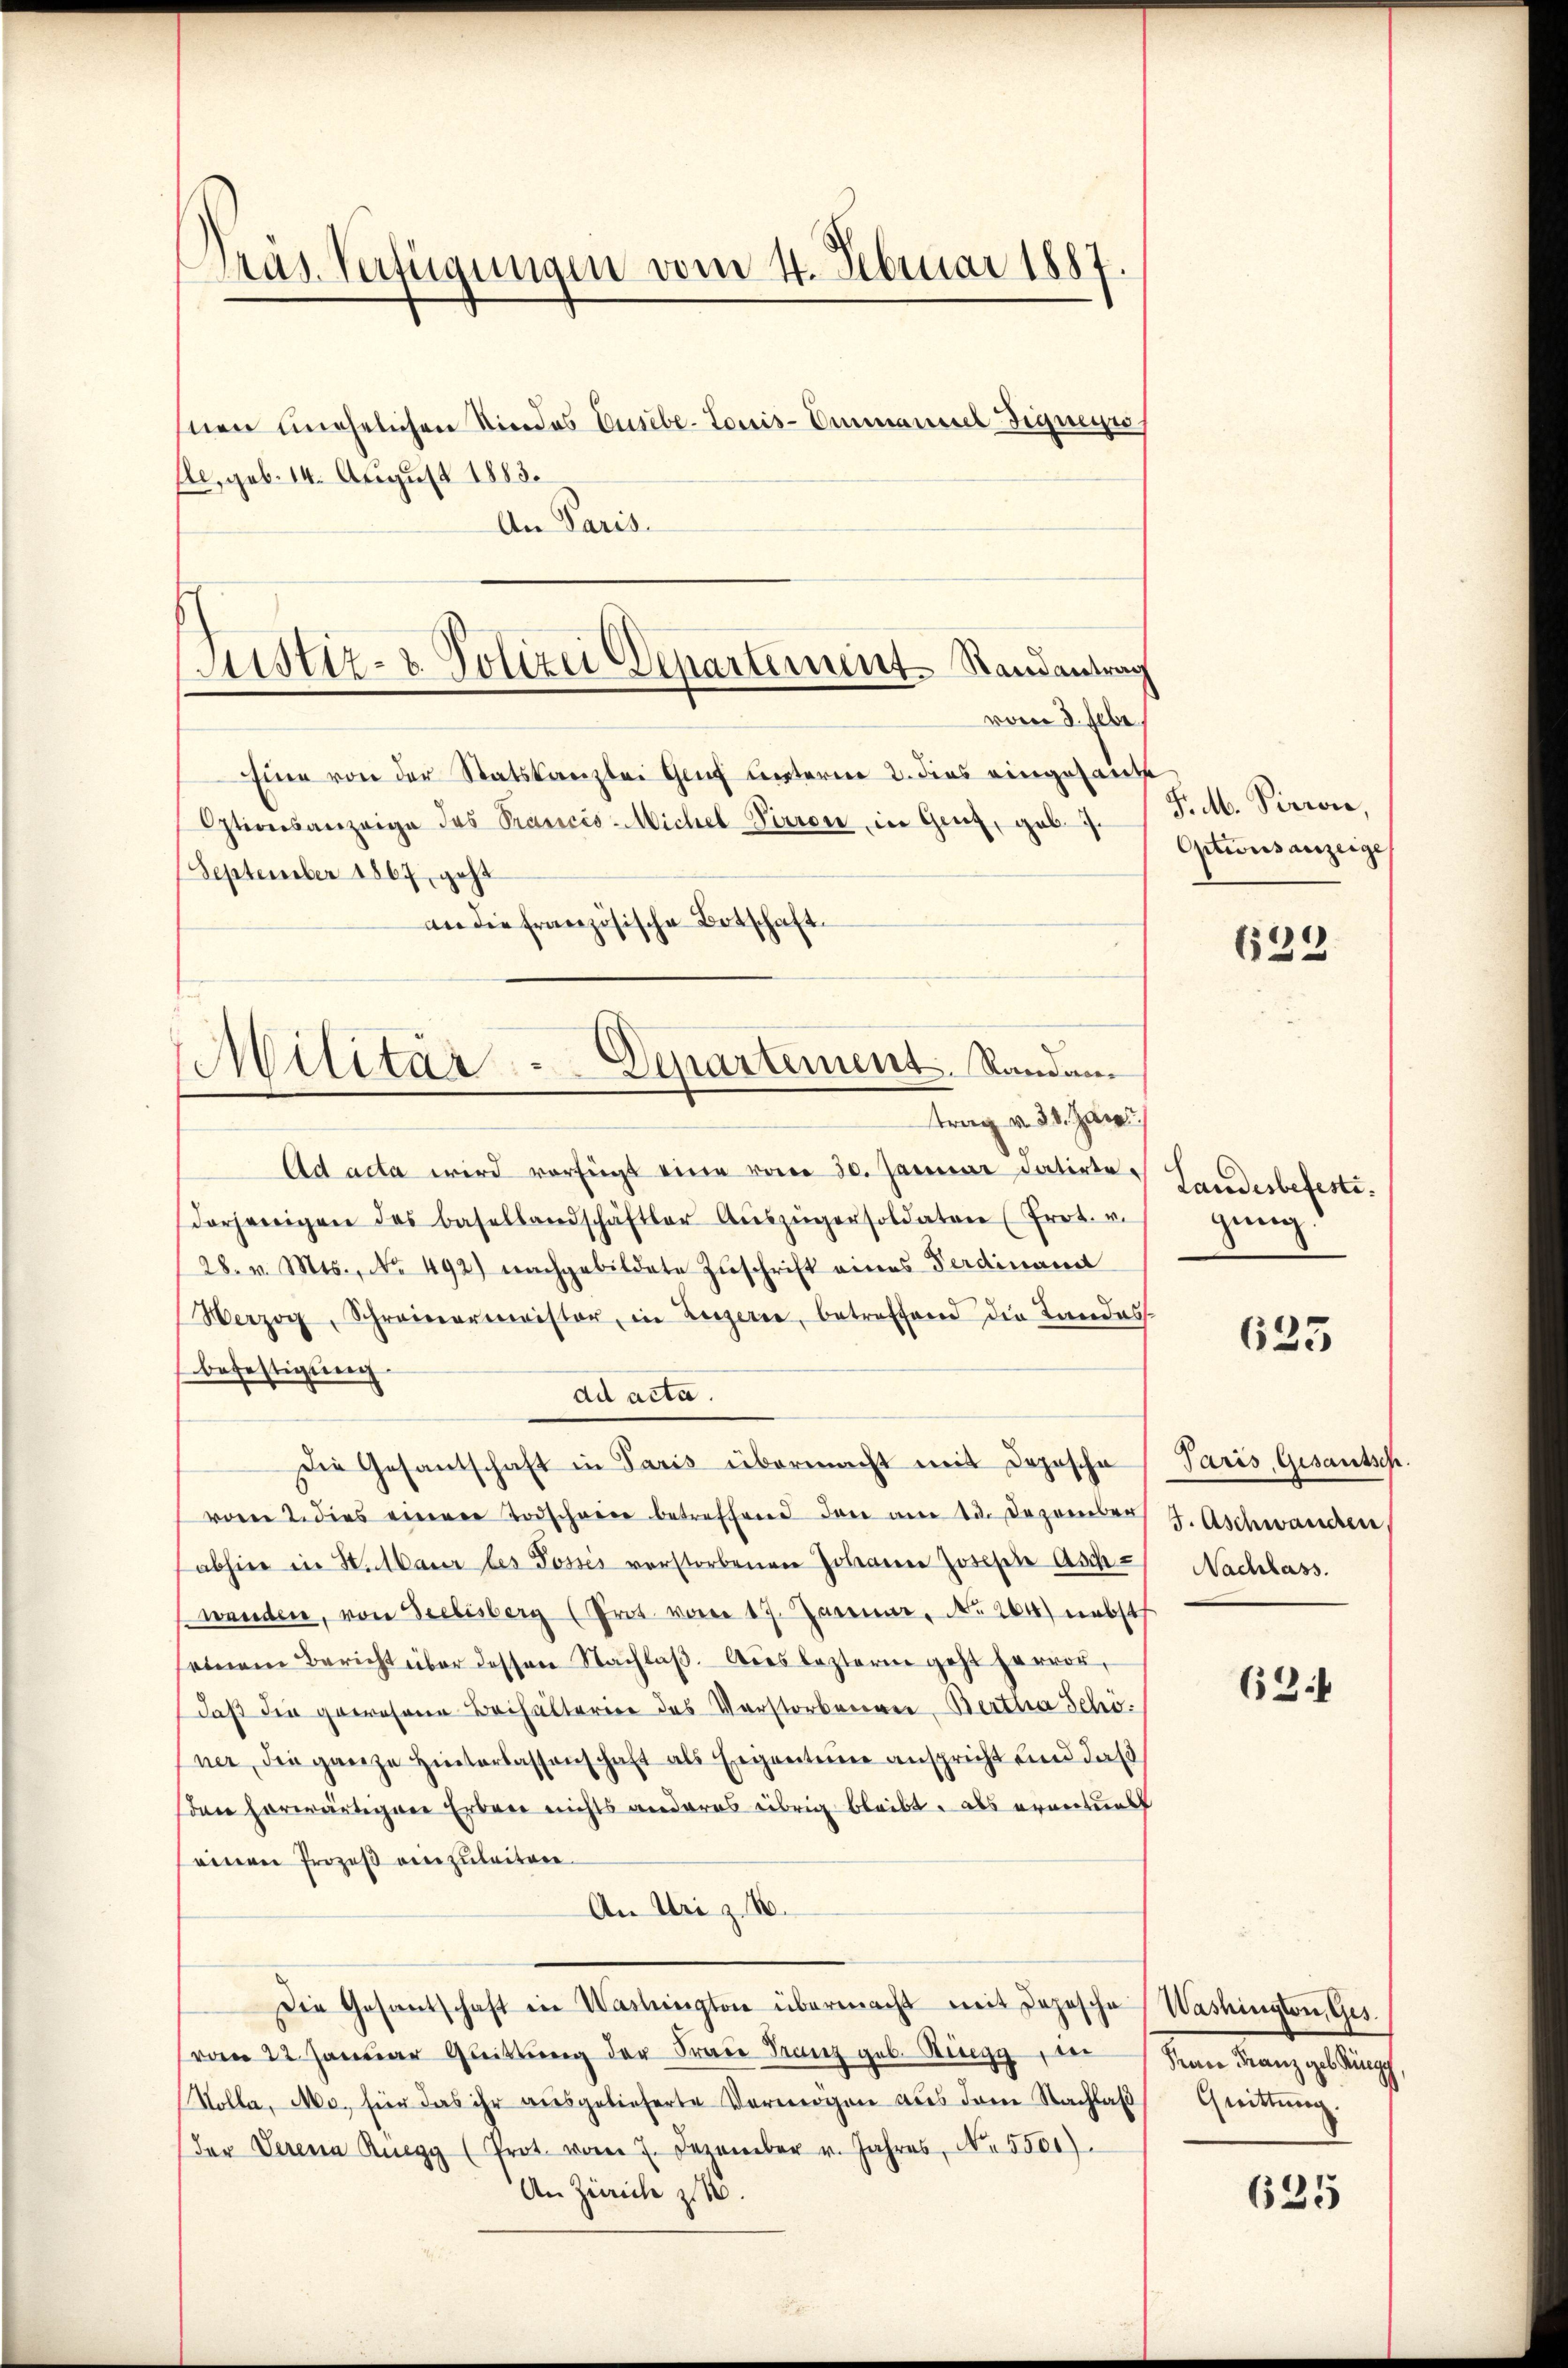
räs. Verfügungen vom 4. Februar 1887.
nen unehelichen Niedes Curiebe-Louis-Ammannes Figueyn.
Ele, geb. 14. August 1883.

An Paris.
vom 8. Febr.
Eine von der Statskanzlei Genf unterne 2. dies eingesandte
Otiversanzeige das Prancis-Michel Virron in Genz, gab.7.
September 1867, geht
an die französische Botschatt
n
trag v. 31. Jan.
Ad acta wird verfügt eine vom 30. Januar datirte
derjenigen des Basellandschäftler Aŭszügersoldaten (Prot. v.
28. v. Mts., No. 492) nachgebildete Zŭschrift eines Ferdinamt
Werzog, Schreinermeister, in Zugerie, betreffend die Landes-
befestigung.
ad acta.
Die Gesantschaft in Paris übermacht mit Depesche
voren 2. dies einerer Todschwere betreffend den am 23. Dezember
abhin in St. Maur les Posses verstorbenen Johanne Joseste Asch-
wenden, von Seelisberg (Prot. vom 17. Januar, No. 264) nebst
einem Bericht über dessen Nachlaβ. Dies lezterm geht hervor,
daß die gewesene Beihalterne des Vorstorbenen Bertha Schöner, die ganze Hinterlassenschaft als Eigenteme anspricht und daß
den herwärtigen Erben nichts anderes übrig bleibt, als eventuell
einen Prozeß einzuleiten.
An Uri z. B.
Die Gesantschaft in Washington übermacht mit Depesche Washington, Ges.
vom 22 Januar Quittung der Frau Franz geb. Ringger
Kolla, Mo. für das ihr ausgelieferte Vermögen aus dem Nachlaβ Quittung.
(der Serena Ruegg (Prot. vom 7. Dezember v. Jahres, No. 5500).
An Zürich zu
15

Justiz- & Polizei Departement. Randantrag

Militär. - Departement. Standam

F. M. Pirron,
Optionsanzeige

635.

Landesbefesti
gung

623

Paris, Gesantsch.
J. Aschwanden
Nachlass.

63

Seine Franz geb Ringe

635